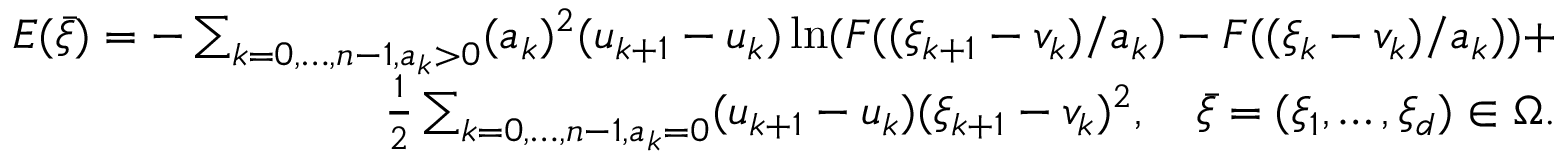
\begin{array} { r } { E ( \bar { \xi } ) = - \sum _ { k = 0 , \ldots , n - 1 , a _ { k } > 0 } ( a _ { k } ) ^ { 2 } ( u _ { k + 1 } - u _ { k } ) \ln ( F ( ( \xi _ { k + 1 } - v _ { k } ) / a _ { k } ) - F ( ( \xi _ { k } - v _ { k } ) / a _ { k } ) ) + } \\ { \frac { 1 } { 2 } \sum _ { k = 0 , \ldots , n - 1 , a _ { k } = 0 } ( u _ { k + 1 } - u _ { k } ) ( \xi _ { k + 1 } - v _ { k } ) ^ { 2 } , \quad \bar { \xi } = ( \xi _ { 1 } , \ldots , \xi _ { d } ) \in \Omega . } \end{array}